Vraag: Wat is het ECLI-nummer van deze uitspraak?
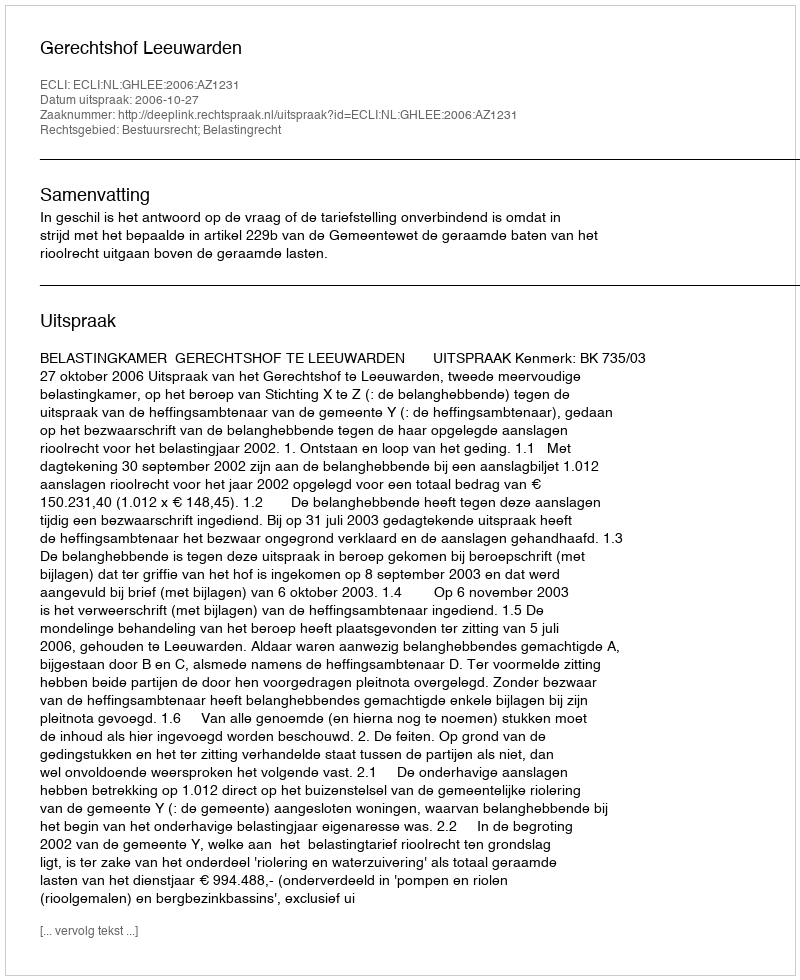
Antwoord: ECLI:NL:GHLEE:2006:AZ1231